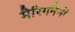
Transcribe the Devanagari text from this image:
मैरिगनैनों